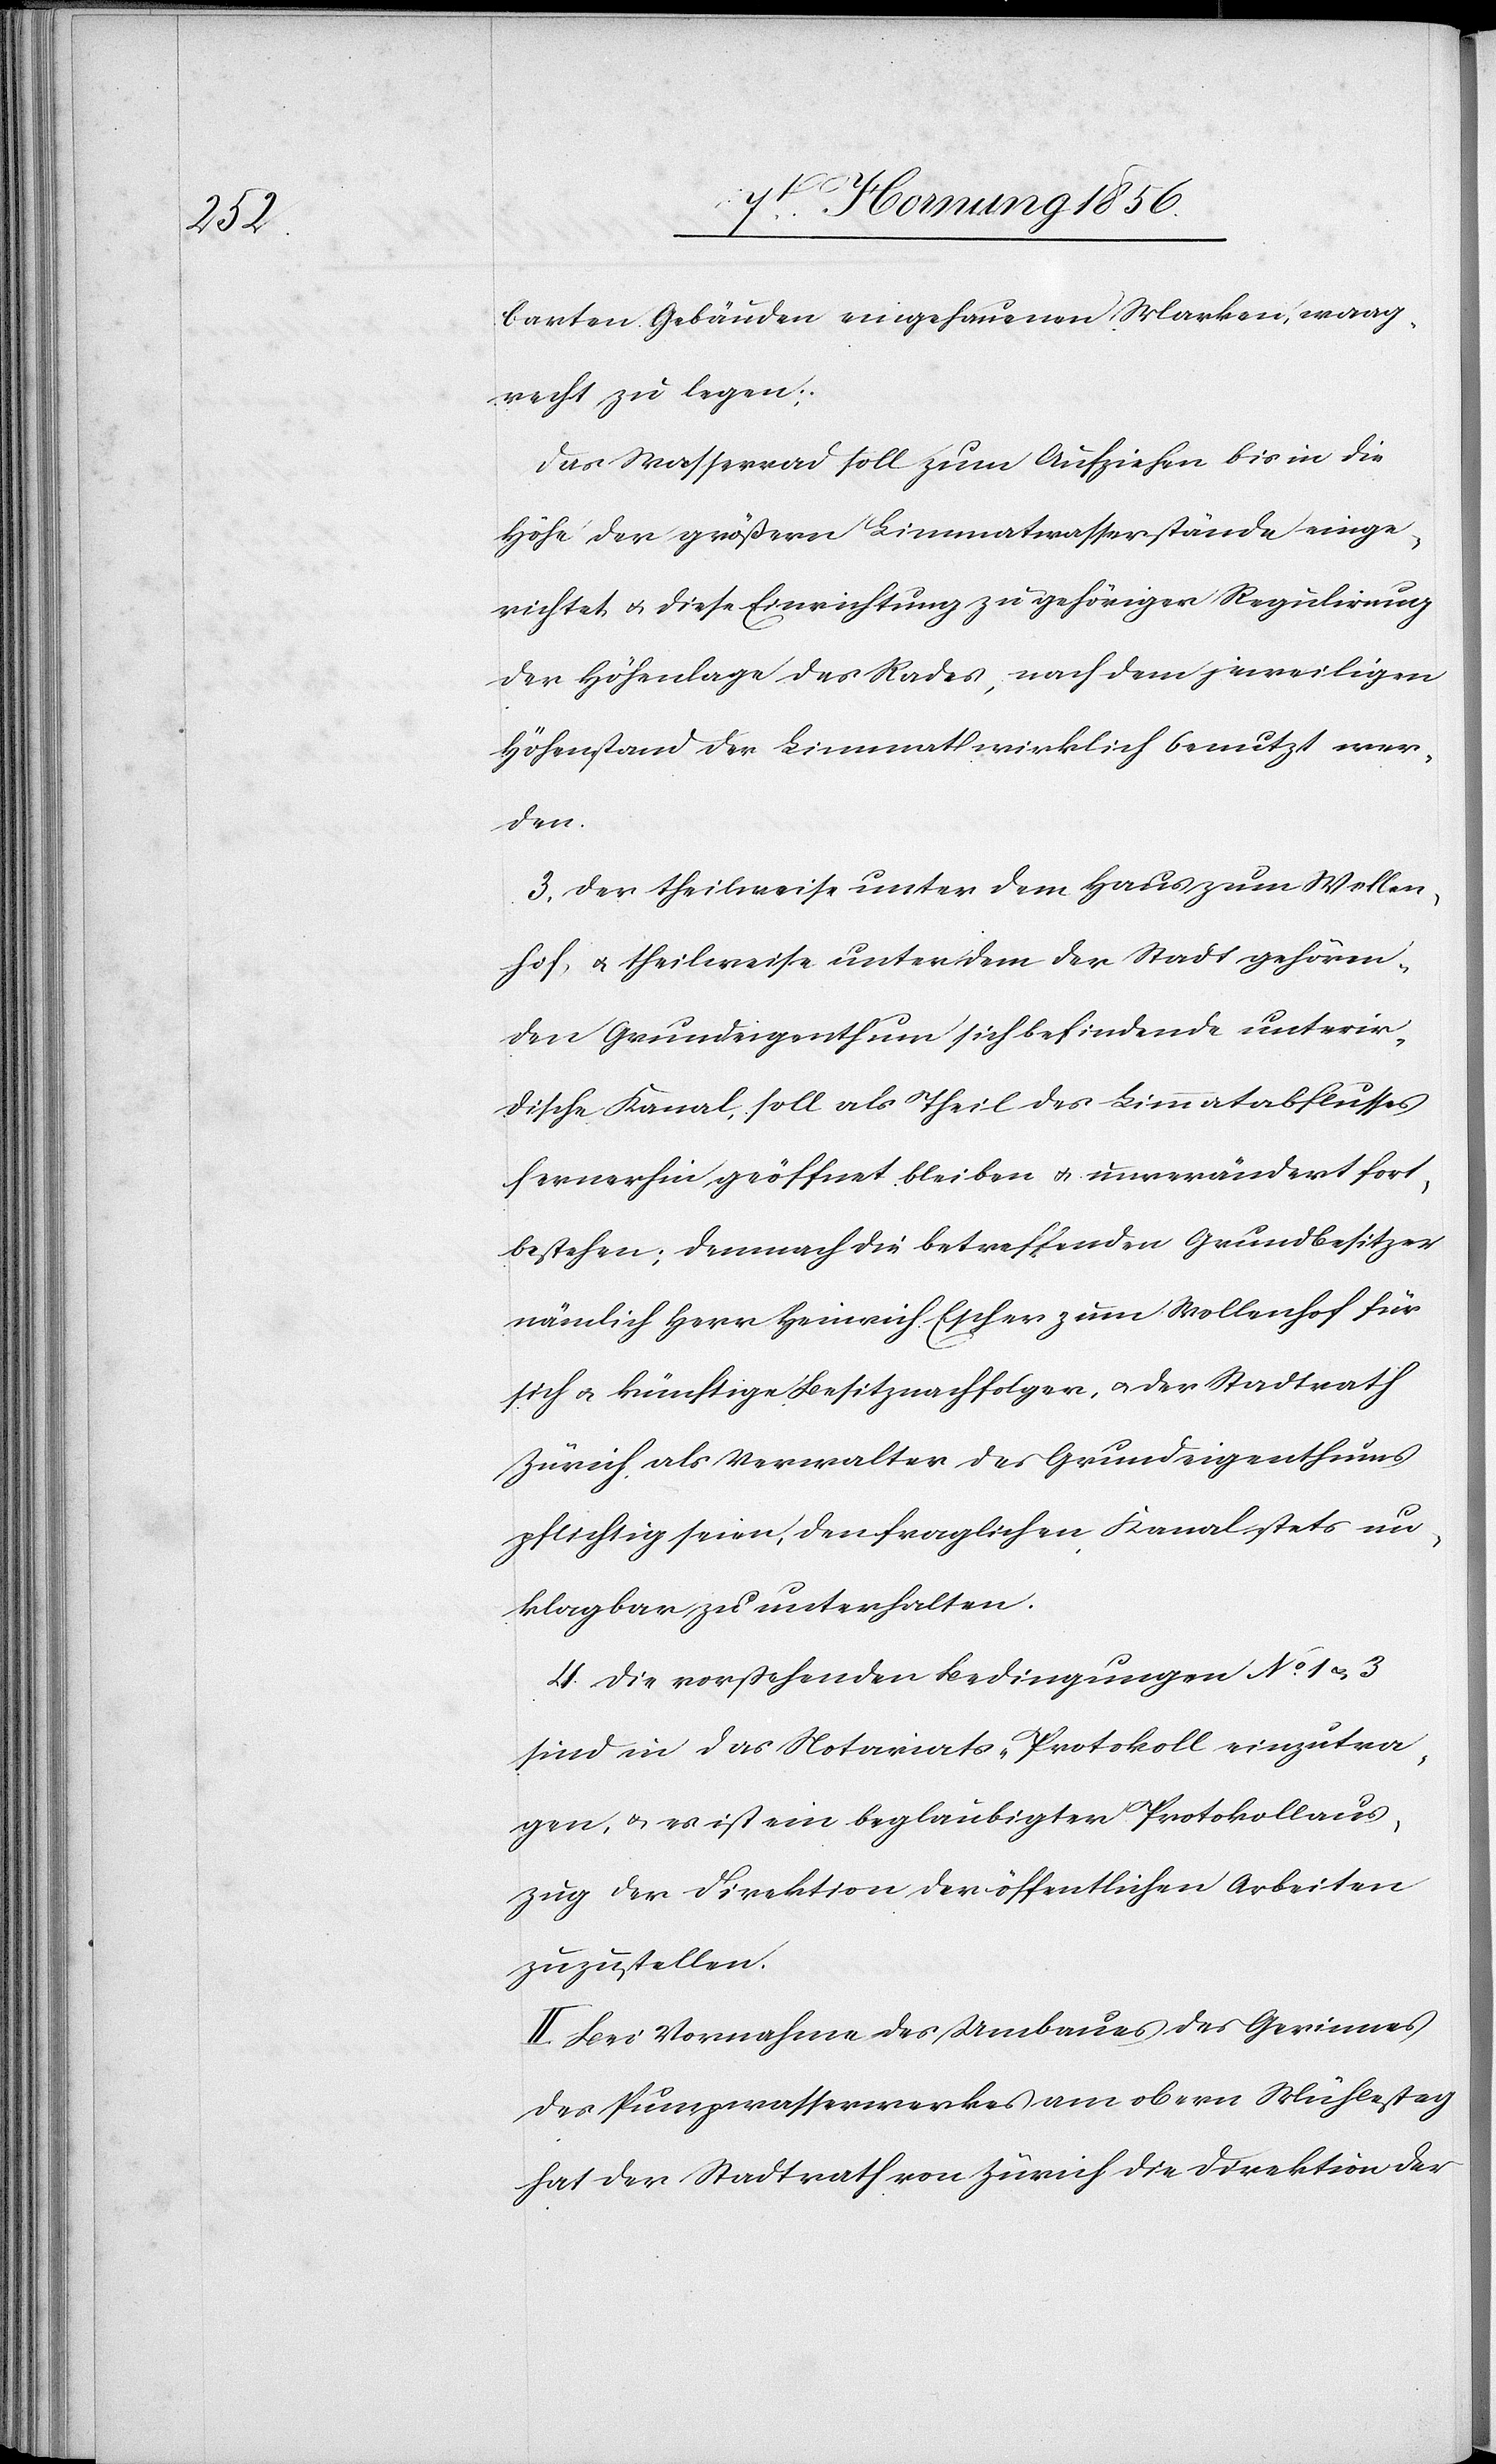
barten Gebäuden eingehauenen Marken, waag¬
recht zu legen;
Das Wasserrad soll zum Aufziehen bis in die
Höhe der größern Limmatwasserstände einge¬
richtet u. diese Einrichtung zu gehöriger Regulirung
der Höhenlage des Rades, nach dem jeweiligen
Höhenstand der Limmat wirklich benutzt wer¬
den.
3. Der theilweise unter dem Haus zum Wollen¬
hof, u. theilweise unter dem der Stadt gehören¬
den Grundeigenthum sich befindende unterir¬
dische Kanal, soll als Theil des Limmatabflusses
fernerhin geöffnet bleiben u. unverändert fort¬
bestehen; demnach die betreffenden Grundbesitzer
nämlich Herr Heinrich Escher zum Wollenhof für
sich u. künftige Besitznachfolger, u. der Stadtrath
Zürich als Verwalter des Grundeigenthums
pflichtig seien, den fraglichen Kanal stets un¬
klagbar zu unterhalten.
4. Die vorstehenden Bedingungen No 1 u. 3
sind in das Notariats-Protokoll einzutra¬
gen, u. es ist ein beglaubigter Protokollaus¬
zug der Direktion der öffentlichen Arbeiten
zuzustellen.
II. Bei Vornahme des Umbaus des Gerinnes
des Pumpwasserwerkes am obern Mühlesteg
hat der Stadtrath von Zürich die Direktion der